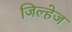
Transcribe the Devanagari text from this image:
जिल्हेज